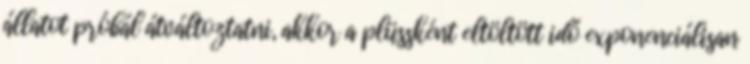
állatot próbál átváltoztatni, akkor a plüssként eltöltött idő exponenciálisan